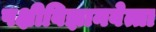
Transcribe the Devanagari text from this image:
पक्षीविज्ञानवेत्ता